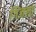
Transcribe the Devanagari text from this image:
गिजला